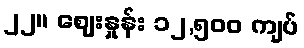
၂၂။ ဈေးနှုန်း ၁၂,၅၀၀ ကျပ်